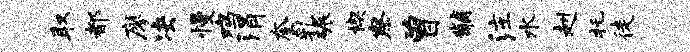
取都廖决慢鸡涓奎乳碾楔察曾黼注水赳托徒